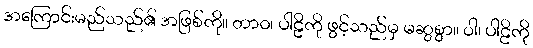
အကြောင်းမည်သည်၏ အဖြစ်ကို။ တာဝ၊ ပါဠိကို ဖွင့်သည်မှ မဆွစွာ။ ဝါ၊ ပါဠိကို